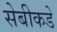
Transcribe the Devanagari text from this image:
सेबीकडे